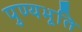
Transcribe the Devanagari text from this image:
पुण्यभूति